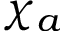
\chi _ { a }